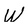
Character: W